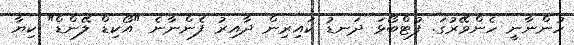
ހުންނާނީ ހެންވޭރުގަ. ފުޓްބޯޅަ ދަނޑު ކައިރިން ދާއިރު ފެންނާނެ "އޯކިޑް ލޭންޑް" ކިޔާ